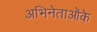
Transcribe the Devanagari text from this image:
अभिनेताओंके